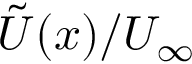
\tilde { U } ( x ) / U _ { \infty }